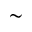
\sim